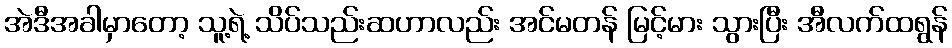
အဲဒီအခါမှာတော့ သူ့ရဲ့ သိပ်သည်းဆဟာလည်း အင်မတန် မြင့်မား သွားပြီး အီလက်ထရွန်